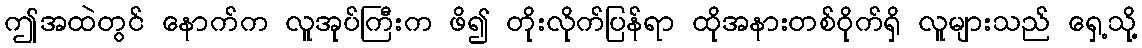
ဤအထဲတွင် နောက်က လူအုပ်ကြီးက ဖိ၍ တိုးလိုက်ပြန်ရာ ထိုအနားတစ်ဝိုက်ရှိ လူများသည် ရှေ့သို့